system: You are a helpful assistant.
user:
Analyze the provided spectrum to determine if it is a **White Dwarf (WD)**.

A White Dwarf spectrum is defined by its **extreme purity** (due to gravitational settling) and/or **extreme pressure broadening** (due to high surface gravity). You must check for one of the following mutually exclusive signatures:

- **Key Visual Indicators (Check for ONE of these types):**

    - **1. DA-Type Signature (Most Common):**
        - **(Primary Feature):** Extreme pressure broadening (Stark broadening) of the **Hydrogen (H) Balmer lines**.
        - **(Key Lines):** $H\beta$ (approx. $4861$ Å) and $H\gamma$ (approx. $4340$ Å). $H\alpha$ (approx. $6563$ Å) will also be present if the wavelength range covers it.
        - **(Line Profile):** This is the **defining feature**. The lines are **NOT** sharp. They appear as massive, **extremely broad and deep "troughs" or "dips"** in the spectrum, often hundreds of Ångströms wide. The continuum will appear to "scoop" down at these wavelengths.
        - **(Distinction):** Normal A-type or B-type stars have *narrow* and *sharp* Hydrogen lines. A DA White Dwarf's lines are unmistakably "smeared" or "blurry" from pressure.

    - **2. DB-Type Signature:**
        - **(Primary Feature):** Broad absorption lines from **Neutral Helium (He I)**. The spectrum must lack any visible Hydrogen lines.
        - **(Key Lines):** Look for broad absorption near $4471$ Å, $4921$ Å, and $5876$ Å.
        - **(Line Profile):** These lines are also significantly pressure-broadened, appearing much wider than they would in a normal B-type main-sequence star.

    - **3. DC-Type Signature:**
        - **(Primary Feature):** A **featureless continuous spectrum**.
        - **(Line Profile):** The spectrum is a smooth curve with **no significant absorption or emission lines**.
        - **(Key Confirmation):** The continuum is almost always **blue or white**, indicating a hot object. This signature implies the atmosphere is so pure (or so cool) that no spectral lines are visible in the optical range. Its WD identity is confirmed by its extremely low intrinsic brightness (high absolute magnitude).

    - **4. DZ-Type Signature (Metal-Polluted):**
        - **(Primary Feature):** **Isolated, narrow metal absorption lines** on an otherwise featureless (DC-like) continuum.
        - **(Key Lines):** The **Calcium (Ca II) H & K doublet** (approx. **$3934$ Å** and **$3968$ Å**) is the most common and defining feature.
        - **(Line Profile):** These lines are "out of place." They are *not* part of a "forest" of thousands of lines. This signature is evidence of recent *accretion* (pollution) from rocky debris.
        - **(Distinction):** Normal G/K/M stars have a *dense forest* of thousands of metal lines. A DZ has a *clean* continuum with *only a few* strong metal lines.

    - **5. DQ-Type Signature (Carbon-Polluted):**
        - **(Primary Feature):** Absorption bands from **Carbon (C₂ "Swan Bands" or atomic C I)**.
        - **(Key Lines - C₂):** Look for bandheads with a "saw-tooth" shape near $5635$ Å, **$5165$ Å** (strongest), and $4737$ Å.
        - **(Key Confirmation):** The underlying **continuum must be blue or white** (hot).
        - **(Distinction):** This is the critical difference from a **Carbon Star**, which has the *exact same* C₂ bands but on an extremely **red, cool** continuum.

- **(Overall Spectrum):**
    - The continuum (overall shape) is typically **blue-sloping** (brighter in the blue than the red), as most white dwarfs are very hot.
    - The spectrum will look "pure" or "simple," dominated by only *one* of the five signatures listed above.

Think first, call **spectral_visualization_tool** if needed to examine features in detail, then provide your final answer. Your response must adhere to the following strict rules:
1.  **Overall Structure:** Your response must follow the format `<think>...</think> <tool_call>...</tool_call> (if a tool is used) <answer>...</answer>`.
2.  **Tool Usage Constraint:** You may only make **one** tool call per turn.
3.  **Final Answer Format:** In the `<answer>` tag, your conclusion must be inside a `\boxed{}` command (e.g., `\boxed{YES}` or `\boxed{NO}`), followed by your justification.

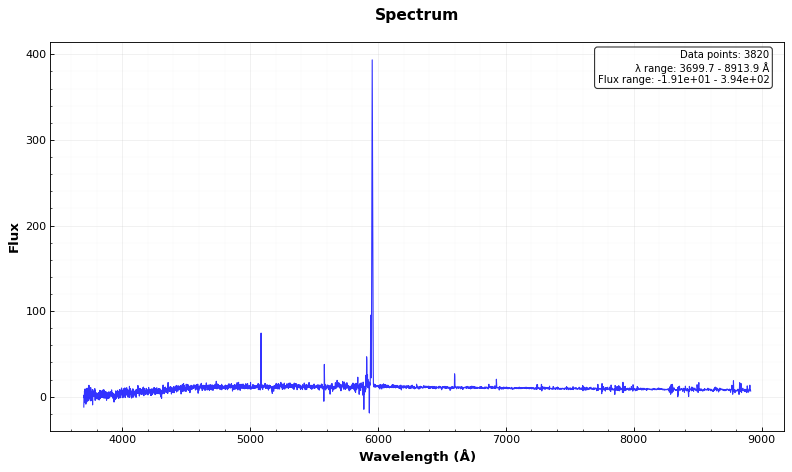
Answer: NO